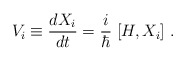
\begin{align*}V_i \equiv \frac{d X_i}{d t} = \frac{i}{\hbar} \; {[} H, X_i {]} \; .\end{align*}